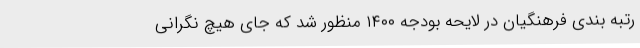
رتبه‌ بندی فرهنگیان در لایحه بودجه ۱۴۰۰ منظور شد که جای هیچ نگرانی